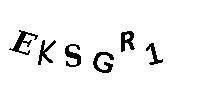
EKSGR1